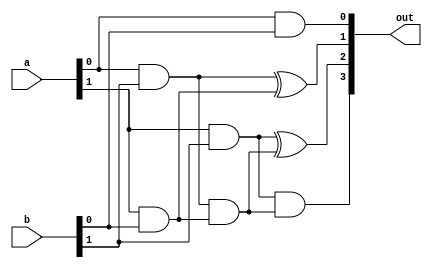
/////////////////////////////////////////////////////////////////////////////////
//                                                                             //
// Module Name:    Array_Mult_Dataflow                                         //
// Description:    Dataflow Model of 2X2 Combinational Array Multiplier        //
//                                                                             //
/////////////////////////////////////////////////////////////////////////////////
`timescale 1ns / 10ps
module Array_Mult_Dataflow(a,b,out);
  input [1:0] a,b;
  output [3:0] out;
  
  assign out[0] = a[0] & b[0];
  assign out[1] = (a[0] & b[1]) ^ (a[1] & b[0]);
  assign out[2] = (a[1] & b[1]) ^ ((a[0] & b[1]) & (a[1] & b[0]));
  assign out[3] = (a[1] & b[1]) & ((a[0] & b[1]) & (a[1] & b[0]));
endmodule